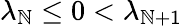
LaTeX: \lambda_{\mathbb{N}}\le0<\lambda_{\mathbb{N}+1}